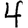
Digit: 4